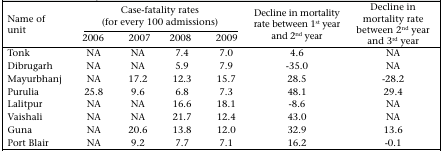
<table><thead><tr><td rowspan="2"><b>Name of unit</b></td><td colspan="4"><b>Case-fatality rates (for every 100 admissions)</b></td><td rowspan="2"><b>Decline in mortality rate between 1 <sup>st</sup> year and 2 <sup>nd</sup> year</b></td><td rowspan="2"><b>Decline in mortality rate between 2 <sup>nd</sup> year and 3 <sup>rd</sup> year</b></td></tr><tr><td><b>2006</b></td><td><b>2007</b></td><td><b>2008</b></td><td><b>2009</b></td></tr></thead><tbody><tr><td>Tonk</td><td>NA</td><td>NA</td><td>7.4</td><td>7.0</td><td>4.6</td><td>NA</td></tr><tr><td>Dibrugarh</td><td>NA</td><td>NA</td><td>5.9</td><td>7.9</td><td>-35.0</td><td>NA</td></tr><tr><td>Mayurbhanj</td><td>NA</td><td>17.2</td><td>12.3</td><td>15.7</td><td>28.5</td><td>-28.2</td></tr><tr><td>Purulia</td><td>25.8</td><td>9.6</td><td>6.8</td><td>7.3</td><td>48.1</td><td>29.4</td></tr><tr><td>Lalitpur</td><td>NA</td><td>NA</td><td>16.6</td><td>18.1</td><td>-8.6</td><td>NA</td></tr><tr><td>Vaishali</td><td>NA</td><td>NA</td><td>21.7</td><td>12.4</td><td>43.0</td><td>NA</td></tr><tr><td>Guna</td><td>NA</td><td>20.6</td><td>13.8</td><td>12.0</td><td>32.9</td><td>13.6</td></tr><tr><td>Port Blair</td><td>NA</td><td>9.2</td><td>7.7</td><td>7.1</td><td>16.2</td><td>-0.1</td></tr></tbody></table>